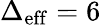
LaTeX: \Delta_{\mathrm{eff}}=6